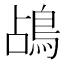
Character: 𪀄